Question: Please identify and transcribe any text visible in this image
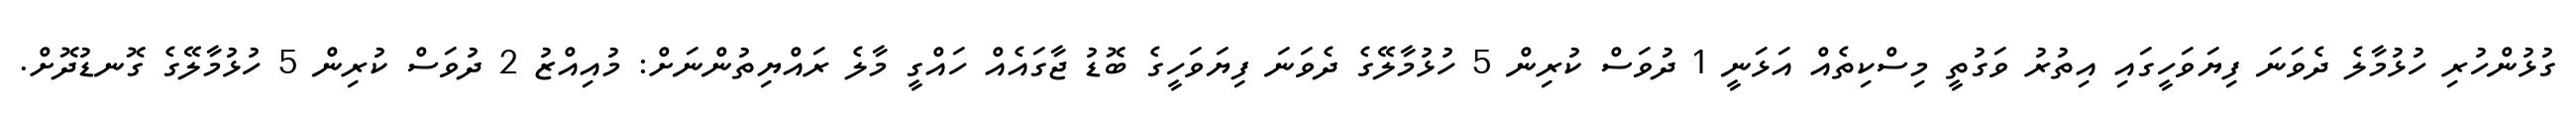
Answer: ގުޅުންހުރި ހުޅުމާލެ ދެވަނަ ފިޔަވަހީގައި އިތުރު ވަގުތީ މިސްކިތެއް އަޅަނީ 1 ދުވަސް ކުރިން 5 ހުޅުމާލޭގެ ދެވަނަ ފިޔަވަހީގެ ބޮޑު ޖާގައެއް ހައްގީ މާލެ ރައްޔިތުންނަށް: މުއިއްޒު 2 ދުވަސް ކުރިން 5 ހުޅުމާލޭގެ ގޮނޑުދޮށް.